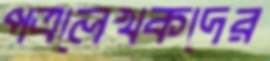
পত্রলেখকদের